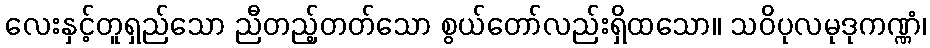
လေးနှင့်တူရှည်သော ညီတည့်တတ်သော စွယ်တော်လည်းရှိထသော။ သဝိပုလမုဒုကဏ္ဏံ၊